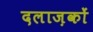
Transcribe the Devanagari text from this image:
दलाज़कों